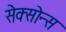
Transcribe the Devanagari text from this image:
सेक्सोन्स